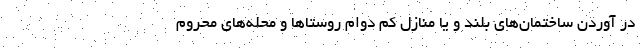
در آوردن ساختمان‌های بلند و یا منازل کم دوام روستاها و محله‌های محروم